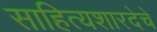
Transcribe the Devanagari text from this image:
साहित्यशारदेचे